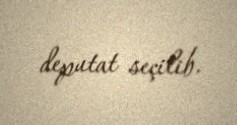
deputat seçilib.